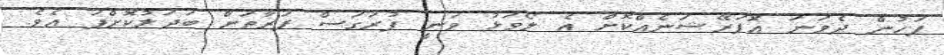
ފަހުން ދެވަނަ އޮޕަރޭޝަނެއްކޮށް އެ ލޯވަޅު ވަނީ ފުރަގަސް ފަރާތަށް ބަދަލުކޮށްފަ އެވެ.